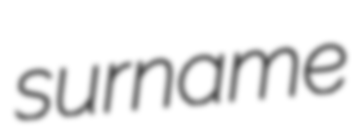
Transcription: surname